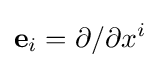
\mathbf {e} _{i}=\partial /\partial x^{i}